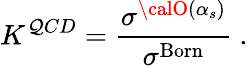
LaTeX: K^{\mathcal{Q}CD}={\frac{{\sigma^{{\calO}(\alpha_{s})}}}{{\sigma^{\mathrm{{Born}}}}}}~.